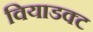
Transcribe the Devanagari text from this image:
वियाडक्ट